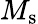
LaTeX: M_{\mathrm{s}}